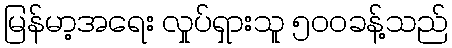
မြန်မာ့အရေး လှုပ်ရှားသူ ၅၀၀ခန့်သည်